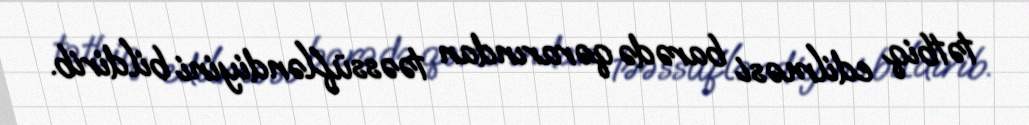
tətbiq edilməsi barədə qərarından təəssüfləndiyini bildirib.